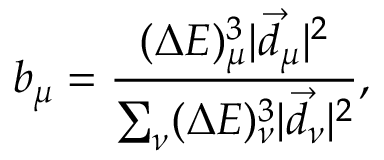
b _ { \mu } = \frac { ( \Delta E ) _ { \mu } ^ { 3 } | \Vec { d } _ { \mu } | ^ { 2 } } { \sum _ { \nu } ( \Delta E ) _ { \nu } ^ { 3 } | \Vec { d } _ { \nu } | ^ { 2 } } ,